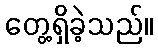
တွေ့ရှိခဲ့သည်။